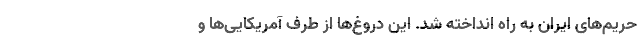
حریم‌های ایران به راه انداخته شد. این دروغ‌ها از طرف آمریکایی‌ها و